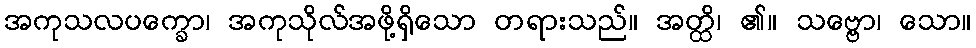
အကုသလပက္ခော၊ အကုသိုလ်အဖို့ရှိသော တရားသည်။ အတ္ထိ၊ ၏။ သဗ္ဗော၊ သော။